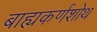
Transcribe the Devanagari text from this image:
बाह्यकर्णशोथ